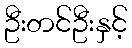
ဦးတင်ဦးနှင့်